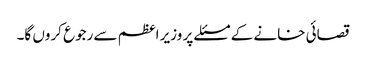
قصائی خانے کے مسئلے پر وزیر اعظم سے رجوع کروں گا۔